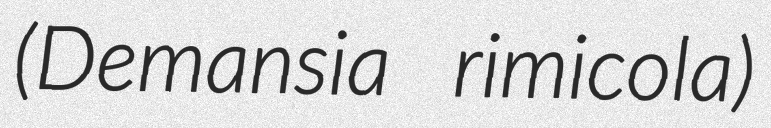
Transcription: (Demansia rimicola)